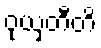
ဝုယှတီတိ